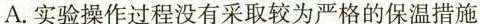
A.实验操作过程没有采取较为严格的保温措施